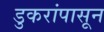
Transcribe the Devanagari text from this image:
डुकरांपासून